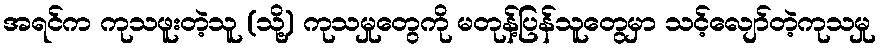
အရင်က ကုသဖူးတဲ့သူ (သို့) ကုသမှုတွေကို မတုန့်ပြန်သူတွေမှာ သင့်လျော်တဲ့ကုသမှု